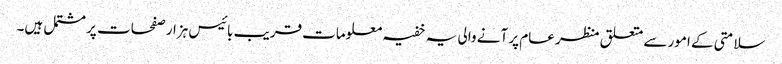
سلامتی کے امور سے متعلق منظر عام پر آنے والی یہ خفیہ معلومات قریب بائیس ہزار صفحات پر مشتمل ہیں۔